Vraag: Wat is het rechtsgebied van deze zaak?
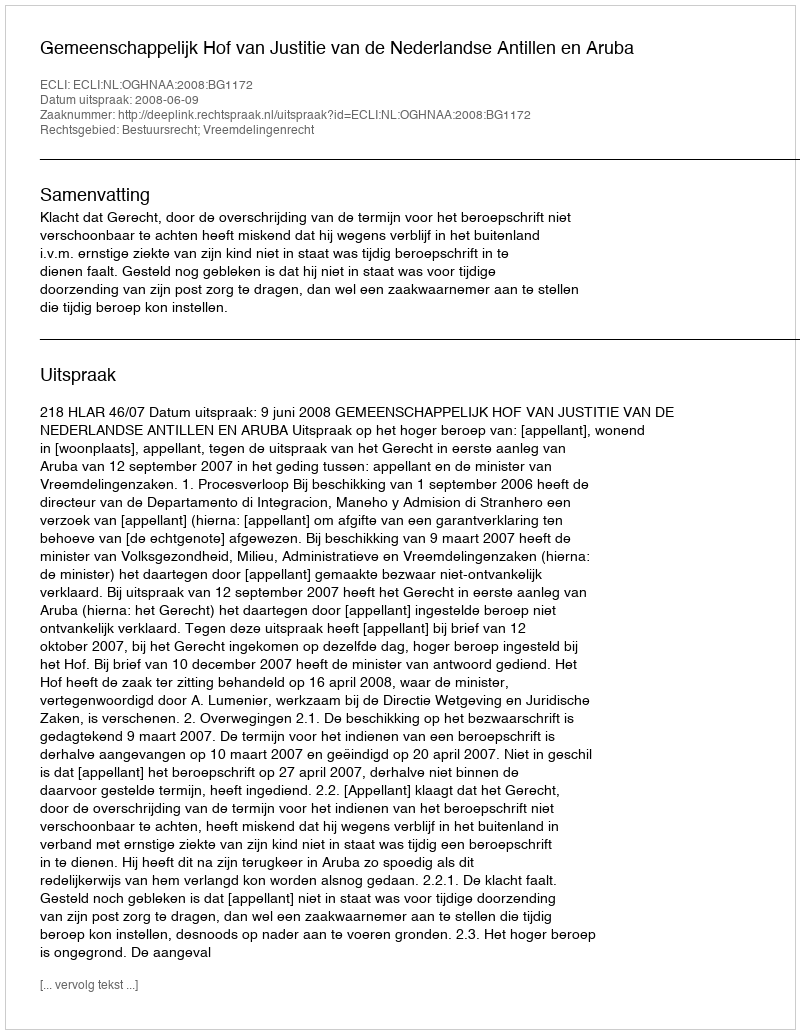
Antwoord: Bestuursrecht; Vreemdelingenrecht